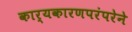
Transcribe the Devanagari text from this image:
कार्यकारणपरंपरेने